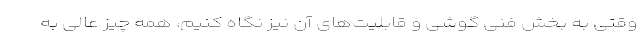
وقتی به بخش فنی گوشی و قابلیت‌های آن نیز نگاه کنیم، همه چیز عالی به